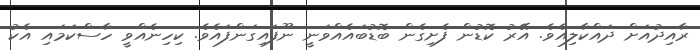
ރާއިދުއަށް ދައްކާލިއެވެ. އޭރު ކޮޑުން ފެށިގެން ބޮޑުބައެއްވަނީ ނޫފައިގަންފައެވެ. ކިހިނެއްވީ ހާސްކަމައި އެކު